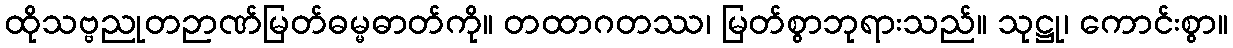
ထိုသဗ္ဗညုတဉာဏ်မြတ်ဓမ္မဓာတ်ကို။ တထာဂတဿ၊ မြတ်စွာဘုရားသည်။ သုဋ္ဌု၊ ကောင်းစွာ။